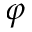
\varphi